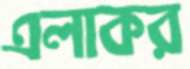
এলাকর